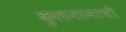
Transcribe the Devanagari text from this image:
कुलनामाची